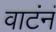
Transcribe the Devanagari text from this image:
वाटंनं